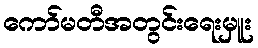
ကော်မတီအတွင်းရေးမှူး